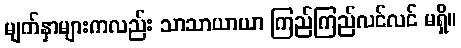
မျက်နှာများကလည်း သာသာယာယာ ကြည်ကြည်လင်လင် မရှိ။